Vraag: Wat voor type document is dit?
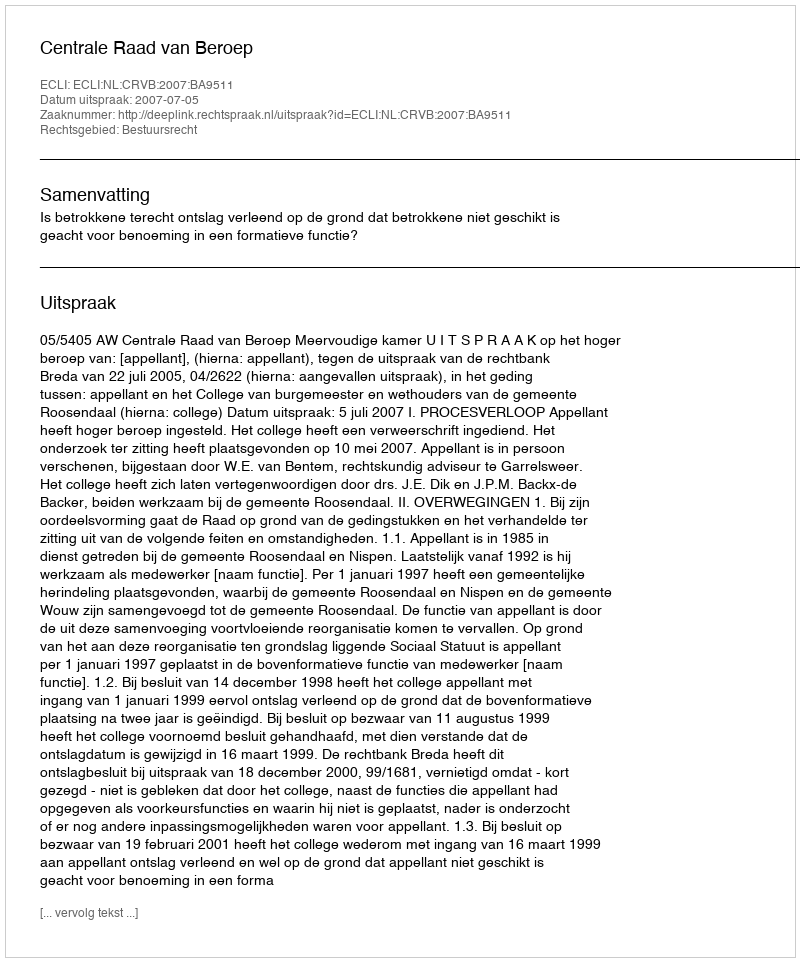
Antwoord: Uitspraak